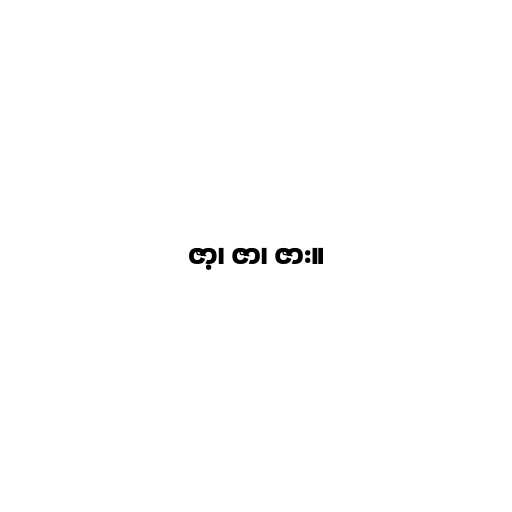
ဇာ့၊ ဇာ၊ ဇား။